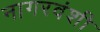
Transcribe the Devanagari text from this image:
नागरवंशी